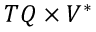
T Q \times V ^ { * }